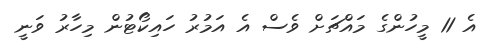
އެ 11 މީހުންގެ މައްޗަށް ވެސް އެ އަމުރު ހައިކޯޓުން މިހާރު ވަނީ